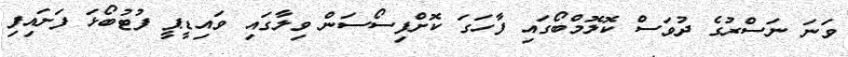
ވަނަ ނަސްރުގެ ދުވަސް ކޮލޮމްބޯގައި ފާހަގަ ކޮށްފިސޯސަން ވިލާގައި ވައިޑީޕީ ފުޓުބޯޅަ ފަށައިފި